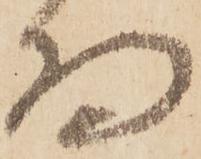
為